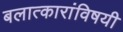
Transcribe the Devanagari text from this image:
बलात्कारांविषयी